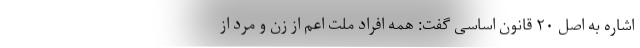
اشاره به اصل ۲۰ قانون اساسی گفت: همه افراد ملت اعم از زن و مرد از